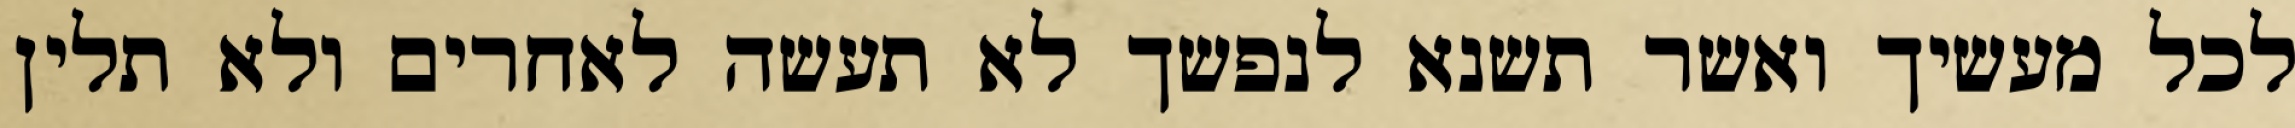
לכל מעשיך ואשר תשנא לנפשך לא תעשה לאחרים ולא תלין